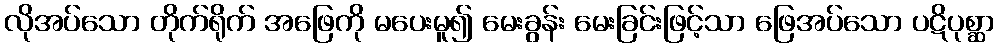
လိုအပ်သော တိုက်ရိုက် အဖြေကို မပေးမူ၍ မေးခွန်း မေးခြင်းဖြင့်သာ ဖြေအပ်သော ပဋိပုစ္ဆာ